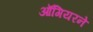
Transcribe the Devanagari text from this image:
ऑगियरने